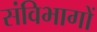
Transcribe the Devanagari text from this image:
संविभागों